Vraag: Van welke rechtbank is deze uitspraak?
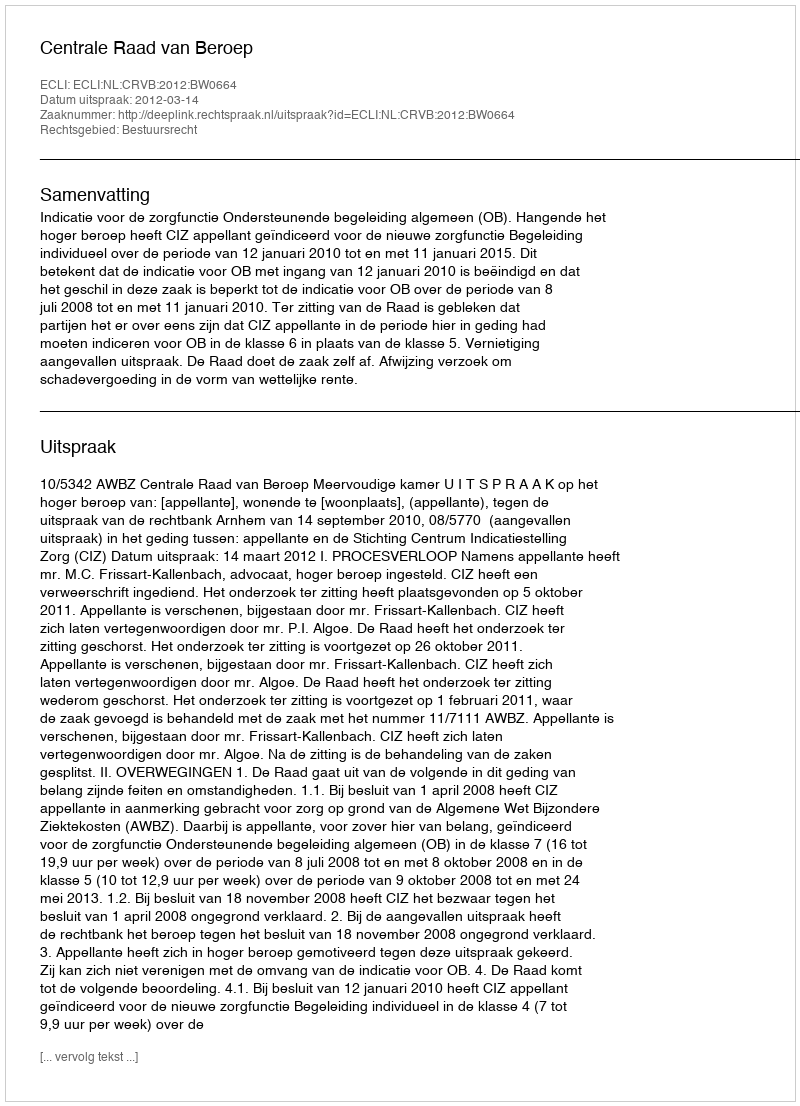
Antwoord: Centrale Raad van Beroep